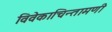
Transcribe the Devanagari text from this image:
विवेकाचिन्तामणी